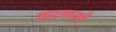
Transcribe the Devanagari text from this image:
अटकलो